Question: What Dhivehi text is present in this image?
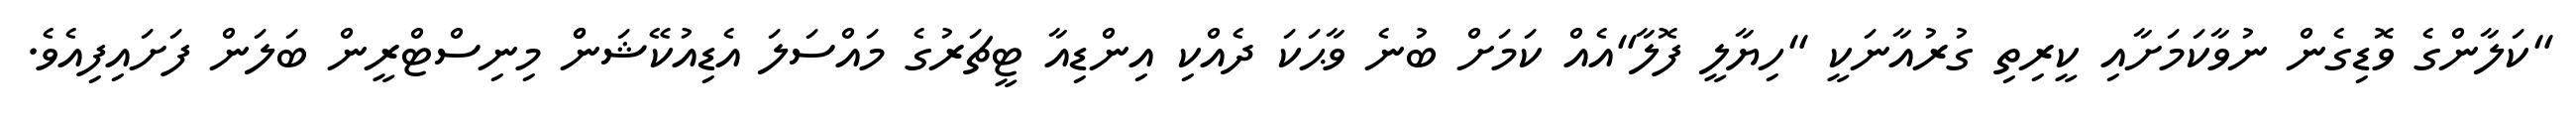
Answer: "ކަލާންގެ ވޮޑިގެން ނުވާކަމަށާއި ކީރިތި ގުރުއާނަކީ "ހިޔާލީ ފޮލާ"އެއް ކަމަށް ބުނެ ވާޙަކަ ދެއްކި އިންޑިއާ ޓީޗަރުގެ މައްސަލަ އެޑިއުކޭޝަންް މިނިސްޓްރީން ބަލަން ފަށައިފިއެވެ.